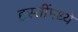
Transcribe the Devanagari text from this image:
हस्तींमध्ये